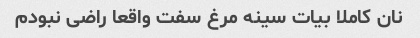
نان کاملا بیات سینه مرغ سفت واقعا راضی نبودم